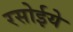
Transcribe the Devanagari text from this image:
रसोईये